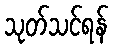
သုတ်သင်ရန်